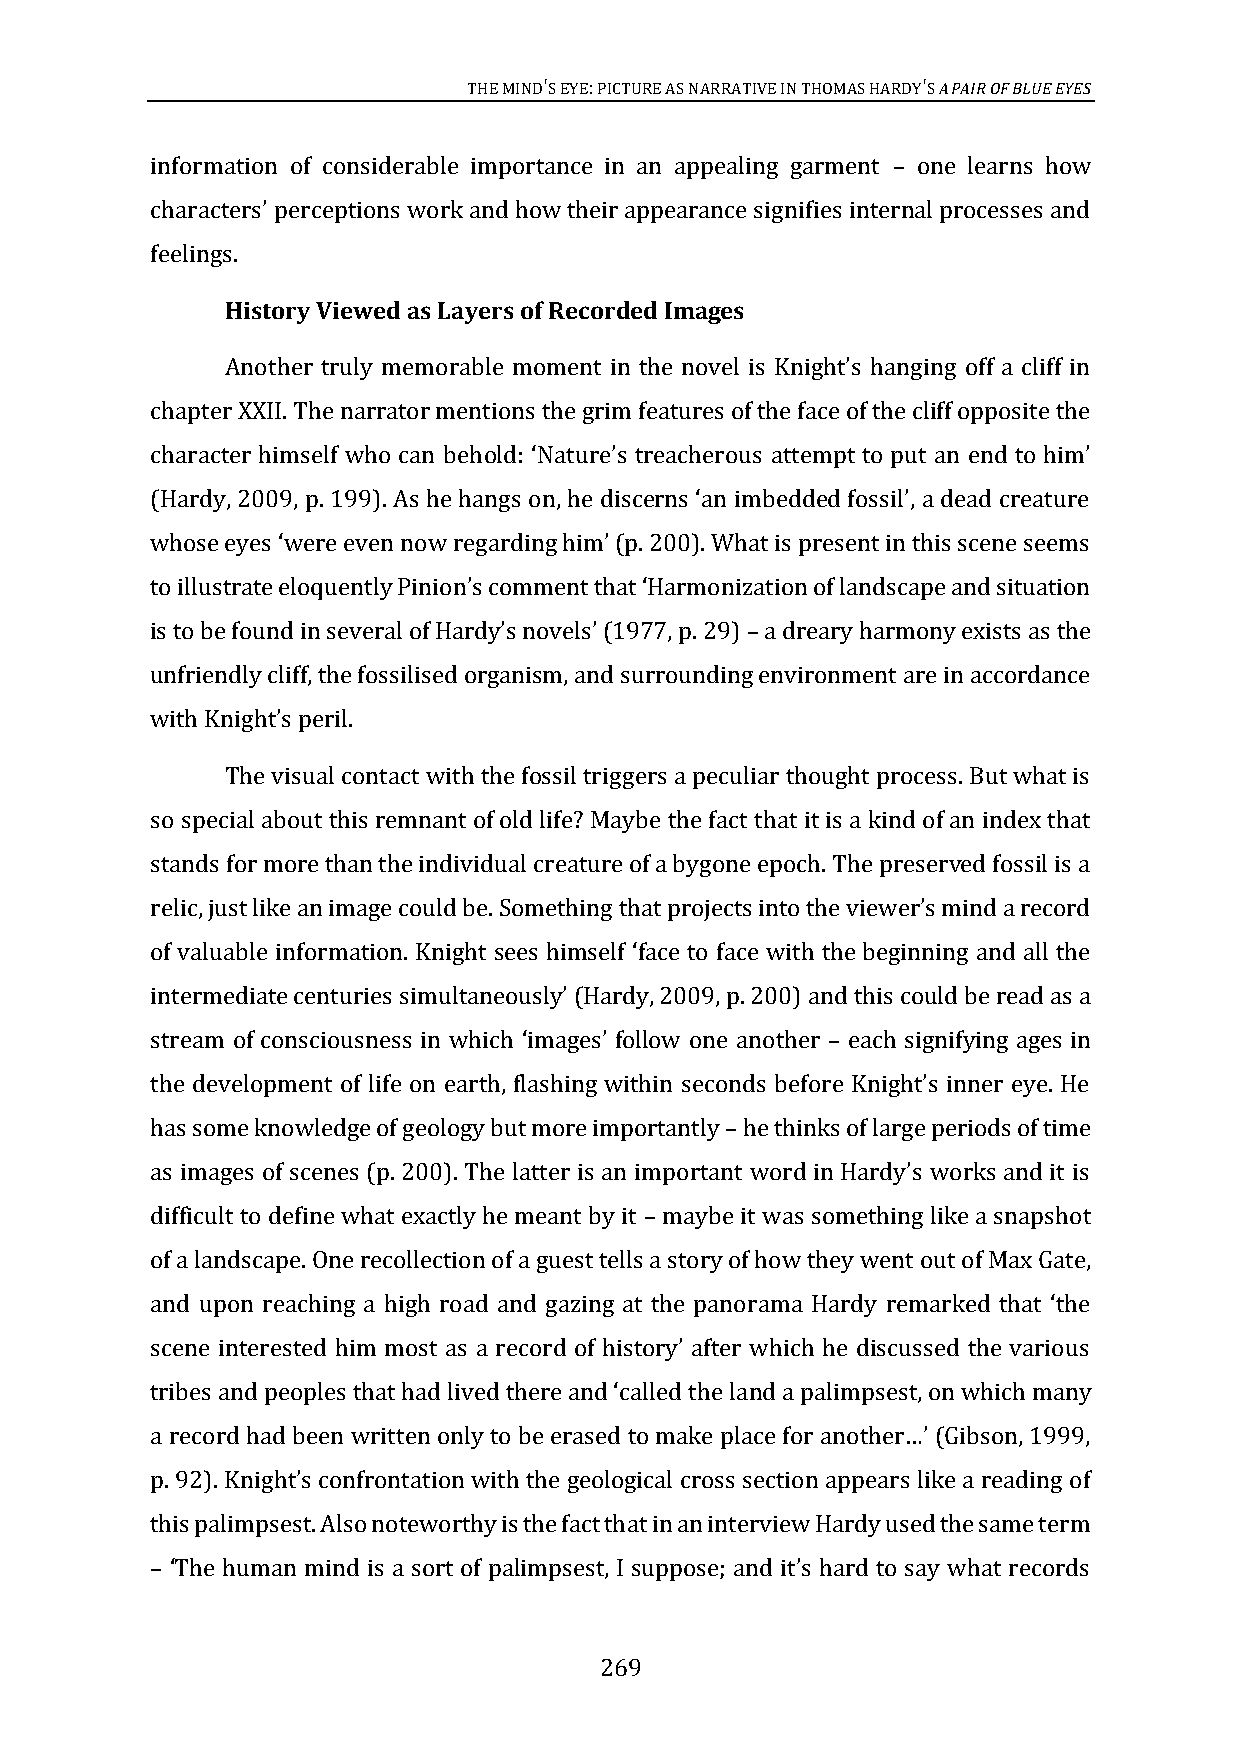
THE MIND'S EYE: PICTURE AS NARRATIVE IN THOMAS HARDY'S A PAIR OF BLUE EYES
 information of considerable importance in an appealing garment one learns how
 –
 feelings.
 characters’ perceptions work and how their appearance signifies internal processes and
 History Viewed as Layers of Recorded Images
 chapter XXII. The narrator mentions the grim features of the face of the cliff opposite the
 Another truly memorable moment in the novel is Knight’s hanging off a cliff in
 character himself who can beh
 old: ‘Nature’s treacherous attempt to put an end to him’
 (Hardy, 2009, p. 199). As he hangs on, he discerns ‘an imbedded fossil’, a dead creature
 to illustrate eloquentl
 whose eyes ‘were even now regarding him’ (p. 200). What is present in this scene seems
 a dreary harmony exists as the
 y Pinion’s comment that ‘Harmonization of landscape and situation
 unfriendly cliff, the fossilised organism, and surrounding environment are in accordance
 is to be found in several of Hardy’s novels’ (1977, p. 29) –
 with Knig
 Thhe tv’sis puearli lc.ontact with the fossil triggers a peculiar thought process. But what is
 so special about this remnant of old life? Maybe the fact that it is a kind of an index that
 stands for more than the individual creature of a bygone epoch. The preserved fossil is a
 relic,
 of valuable information. Knight
 just like an image could be. Something that projects into the viewer’s mind a record
 could be read as a
 sees himself ‘face to face with the beginning and all the
 stream of consciousness in which image follow one another each signifying ages in
 intermediate centuries simultaneously’ (Hardy, 2009, p. 200) and this
 ‘   s’              –
 has some knowledge of geology but more importantly he thinks of large periods of time
 the development of life on earth, flashing within seconds before Knight’s inner eye. He
 –
 difficult to define what exactly he meant by it maybe it was something like a snapshot
 as images of scenes (p. 200). The latter is an important word in Hardy’s works and it is
 of a landscape. One recollection of a guest tells a story of how they went out of Max Gate,
 –
 and upon reaching a high road and gazing at the panorama Hardy remarked that ‘the
 nd a palimpsest, on which many
 scene interested him most as a record of history’ after which he discussed the various
 tribes and peoples that had lived there and ‘called the la
 a record had been written only to be erased to make place for another…’ (Gibson, 1999,
 this palimpsest. Also noteworthy is the fact that in an interview Hardy used the same term
 p. 92). Knight’s confrontation with the geological cross section appears like a reading of
 – ‘The human mind is a sort of palimpsest, I suppose; and it’s hard to say what records
 269